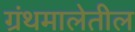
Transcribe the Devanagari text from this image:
ग्रंथमालेतील